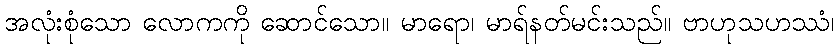
အလုံးစုံသော လောကကို ဆောင်သော။ မာရော၊ မာရ်နတ်မင်းသည်။ ဗာဟုသဟဿံ၊